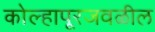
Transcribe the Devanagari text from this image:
कोल्हापूरजवळील